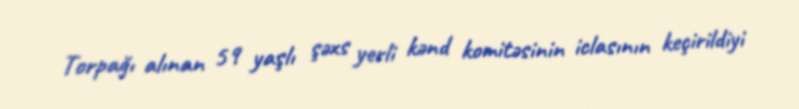
Torpağı alınan 59 yaşlı şəxs yerli kənd komitəsinin iclasının keçirildiyi